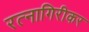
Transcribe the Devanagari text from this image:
रत्‍नागिरीकर